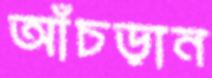
আঁচড়ান